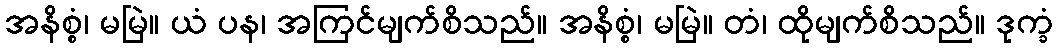
အနိစ္စံ၊ မမြဲ။ ယံ ပန၊ အကြင်မျက်စိသည်။ အနိစ္စံ၊ မမြဲ။ တံ၊ ထိုမျက်စိသည်။ ဒုက္ခံ